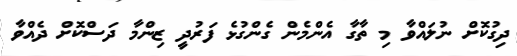
ދިގުކޮށް ނުލައްވާ މި ތާގާ އެެންމެން ގެންގުޅެ ފަރުދީ ޒިންމާ ދަސްކޮށް ދެއްވާ